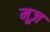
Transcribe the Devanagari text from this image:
मूज़